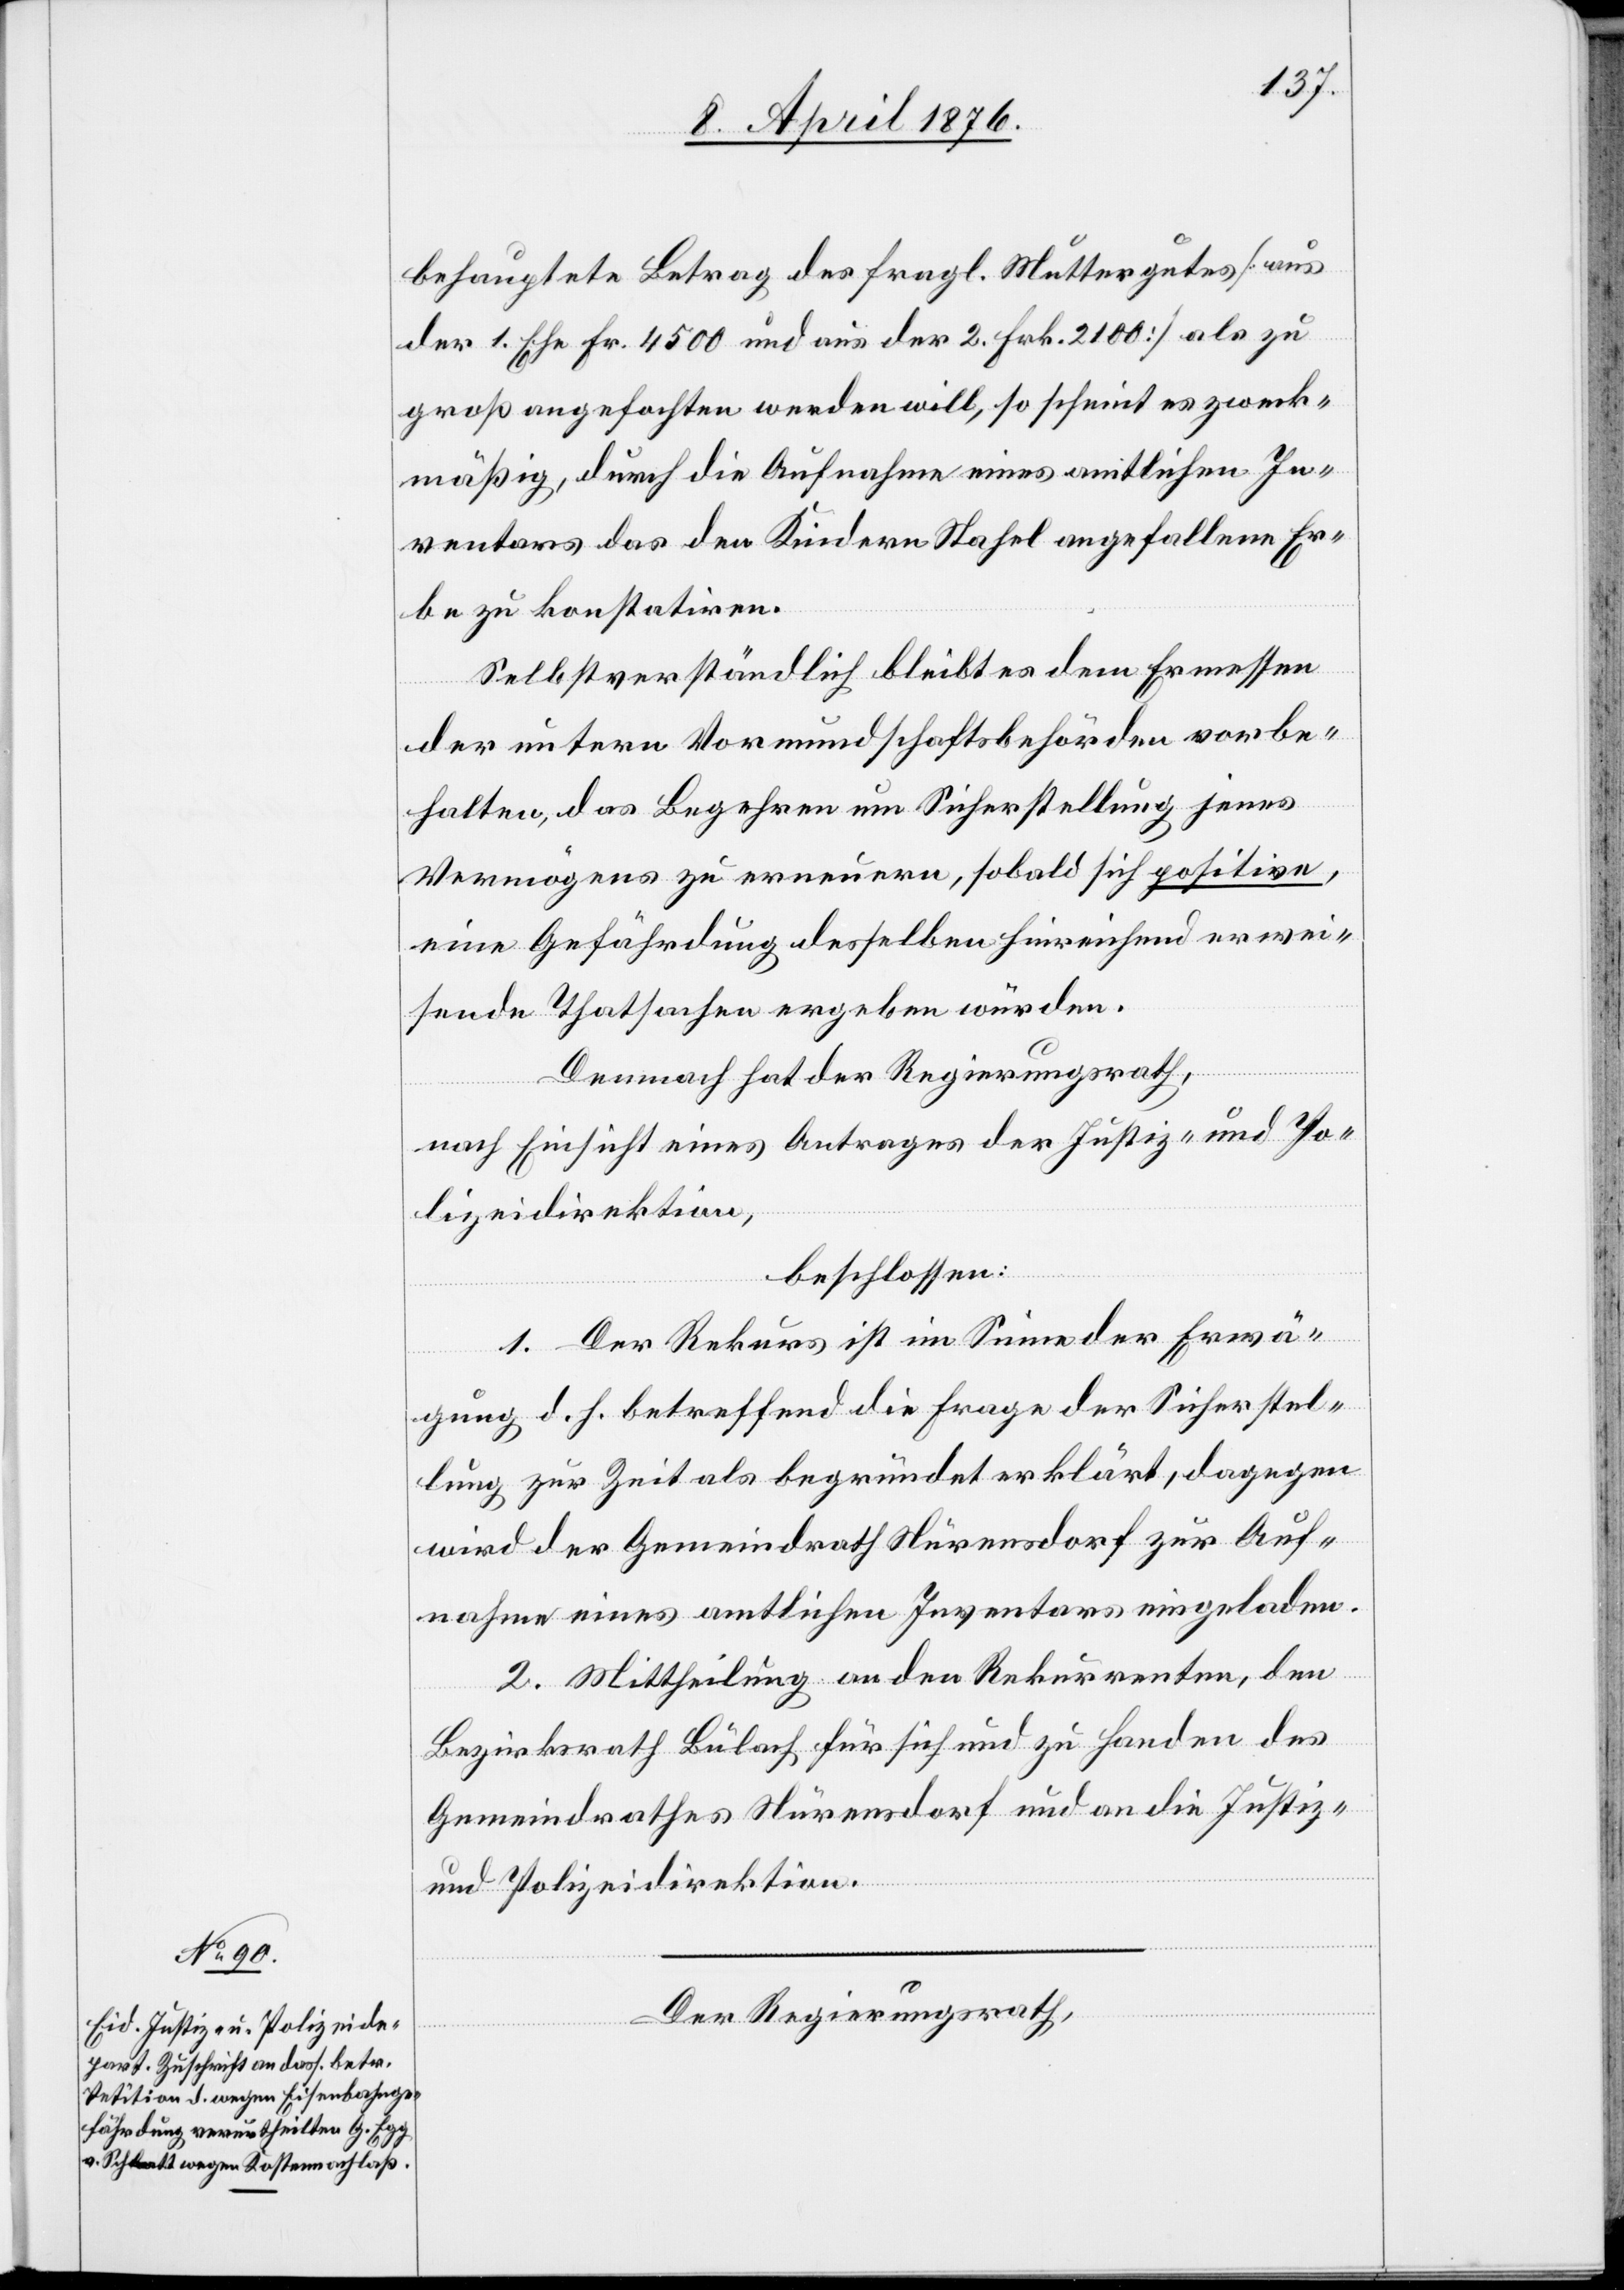
behauptete Betrag des fragl. Muttergutes [aus
der 1. Ehe Fr. 4500 und aus der 2. Frk. 2100] als zu
groß angefochten werden will, so scheint es zweck¬
mäßig, durch die Aufnahme eines amtlichen In¬
ventares das den Kindern Stahel angefallene Er¬
be zu konstatiren.
Selbstverständlich bleibt es dem Ermessen
der untern Vormundschaftsbehörden vorbe¬
halten, das Begehren um Sicherstellung jenes
Vermögens zu erneuern, sobald sich positive,
eine Gefährdung desselben hinreichend erwei¬
sende Thatsachen ergeben würden.
Demnach hat der Regierungsrath,
nach Einsicht eines Antrages der Justiz- und Po¬
lizeidirektion,
beschlossen:
1. Der Rekurs ist im Sinne der Erwä¬
gung d. h. betreffend die Frage der Sicherstel¬
lung zur Zeit als begründet erklärt, dagegen
wird der Gemeindrath Nürensdorf zur Auf¬
nahme eines amtlichen Inventars eingeladen.
2. Mittheilung an den Rekurrenten, den
Bezirksrath Bülach für sich und zu Handen des
Gemeindrathes Nürensdorf und an die Justiz-
und Polizeidirektion.
Der Regierungsrath,